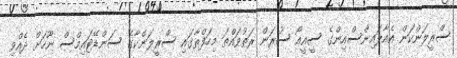
ސްރީލަންކަން އެއާލައިންސްއިންގެ ސީއީއޯ ސުރަން ރަތުވައްތަ މިހަފްތާގައި ސްރީލަންކާގެ ސަންޑޭޓައިމްސް ނޫހަށް ދެއްވި